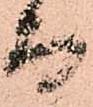
而